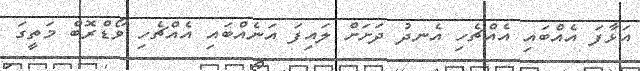
އަޅާފަ އެއްބައި އެއްޗެހި އެނދު ދަށަށް ލައިފަ އަނެއްބައި އެއްޗެހި ވޯޑްރޮބް މަތީގަ